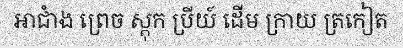
អាជាំង ព្រេច ស្តុក ប្រីយ៍ ដើម ក្រាយ ត្រកៀត